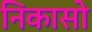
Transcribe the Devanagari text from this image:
निकासो